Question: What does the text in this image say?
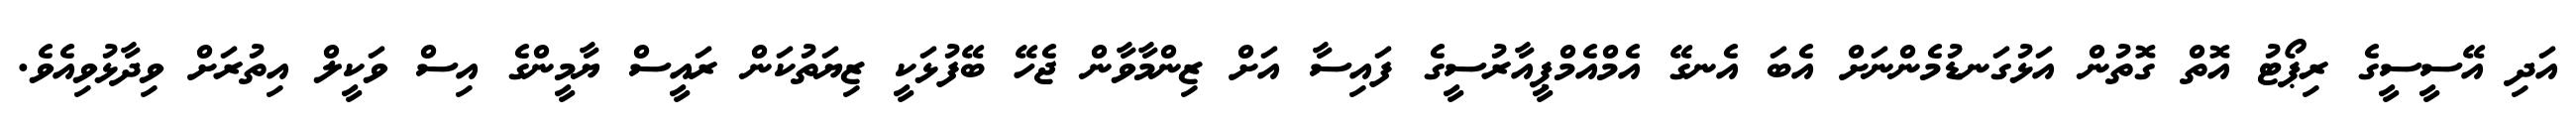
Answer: އަދި އޭސީސީގެ ރިޕޯޓު އޮތް ގޮތުން އަޅުގަނޑުމެންނަށް އެބަ އެނގޭ އެމްއެމްޕީއާރުސީގެ ފައިސާ އަށް ޒިންމާވާން ޖެހޭ ބޭފުޅަކީ ޒިޔަތުކަން ރައީސް ޔާމީންގެ އިސް ވަކީލް އިތުރަށް ވިދާޅުވިއެވެ.